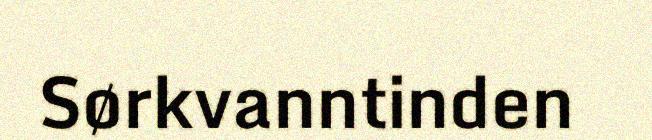
Sørkvanntinden